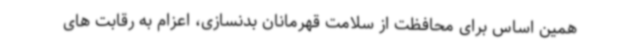
همین اساس برای محافظت از سلامت قهرمانان بدنسازی، اعزام به رقابت های